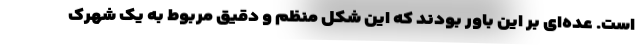
است. عده‌ای بر این باور بودند که این شکل منظم و دقیق مربوط به یک شهرک